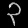
Digit: ၃